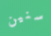
سنين